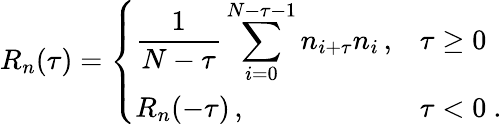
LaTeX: R_{n}(\tau)=\left\{ \begin{array}{ll}{\displaystyle\frac{1}{N-\tau}\sum_{i=0}^{N-\tau-1}n_{i+\tau}n_{i}\, ,}&{\tau\geq 0}\\ {R_{n}(-\tau)\, ,}&{\tau<0\ .}\end{array}\right.